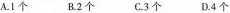
A.1个B.2个C.3个D.4个